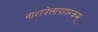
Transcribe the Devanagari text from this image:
नाशयेत्तापहारकम्